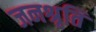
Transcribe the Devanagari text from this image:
जनश्रृति